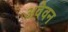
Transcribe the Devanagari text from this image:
अवैवन